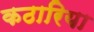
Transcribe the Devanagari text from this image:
कठारिया